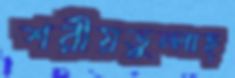
শরীয়তুল্লাহ্